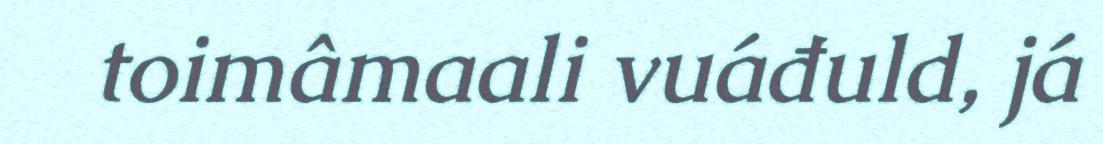
toimâmaali vuáđuld, já